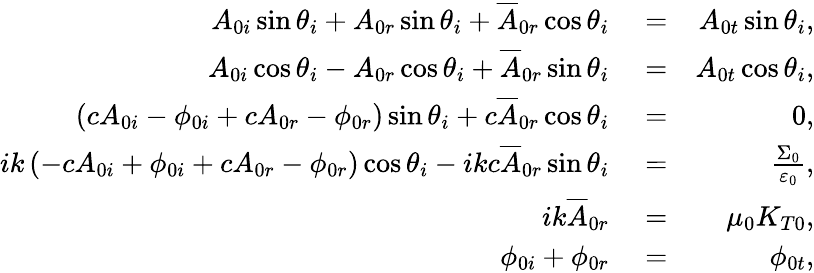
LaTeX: \begin{array}{rlr}{A_{0i}\sin\theta_{i}+A_{0r}\sin\theta_{i}+\overline{{A}}_{0r}\cos\theta_{i}}&{{}=}&{A_{0t}\sin\theta_{i},}\\ {A_{0i}\cos\theta_{i}-A_{0r}\cos\theta_{i}+\overline{{A}}_{0r}\sin\theta_{i}}&{{}=}&{A_{0t}\cos\theta_{i},}\\ {\left(cA_{0i}-\phi_{0i}+cA_{0r}-\phi_{0r}\right)\sin\theta_{i}+c\overline{{A}}_{0r}\cos\theta_{i}}&{{}=}&{0,}\\ {ik\left(-cA_{0i}+\phi_{0i}+cA_{0r}-\phi_{0r}\right)\cos\theta_{i}-ikc\overline{{A}}_{0r}\sin\theta_{i}}&{{}=}&{\frac{\Sigma_{0}}{\varepsilon_{0}},}\\ {ik\overline{{A}}_{0r}}&{{}=}&{\mu_{0}K_{T0},}\\ {\phi_{0i}+\phi_{0r}}&{{}=}&{\phi_{0t},}\end{array}